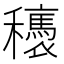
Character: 𥤂